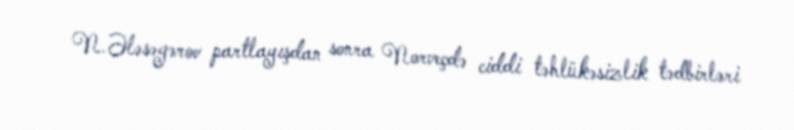
N.Ələsəgərov partlayışdan sonra Norveçdə ciddi təhlükəsizlik tədbirləri